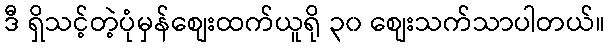
ဒီ ရှိသင့်တဲ့ပုံမှန်စျေးထက်ယူရို ၃၀ စျေးသက်သာပါတယ်။